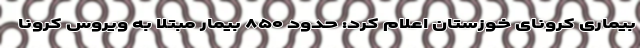
بیماری کرونای خوزستان اعلام کرد: حدود ۸۵۰ بیمار مبتلا به ویروس کرونا